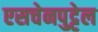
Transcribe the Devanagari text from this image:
एसचेनपुट्टेल